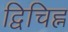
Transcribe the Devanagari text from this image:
द्विचिह्न